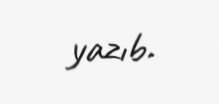
yazıb.